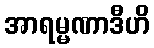
အာရမ္မဏာဒီဟိ